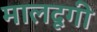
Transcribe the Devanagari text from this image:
मालदूगी